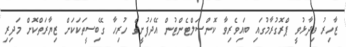
ޒާހިރު ވިދާޅުވީ ޕްރޮގުރާމުގައި ބައިވެރިވާ ކޮންސަލްޓެންޓުން އޭދަފުށީގެ ހުރިހާ ގޭބިސީތަކަކަށް ޒިޔާރަތްކޮށް މަދިރި